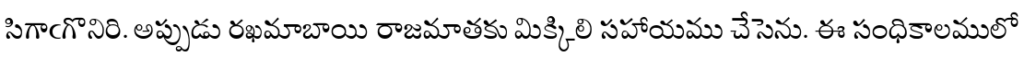
సిగాఁగొనిరి. అప్పుడు రఖమాబాయి రాజమాతకు మిక్కిలి సహాయము చేసెను. ఈ సంధికాలములో